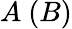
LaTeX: A~(B)